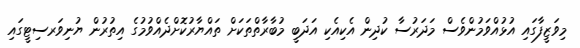
މިވަޒީފާގައި އުޅުއްވަމުންވެސް މަދަރުސާ ކުދިން އެކިއެކި އަދަބީ މުބާރާތްތަކަށް ތައްޔާރުކޮށްދެއްވުމުގެ އިތުރުން ޔުނިވަރސިޓީގައި